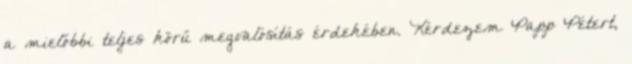
a mielőbbi teljes körű megvalósítás érdekében. Kérdezem Papp Pétert,